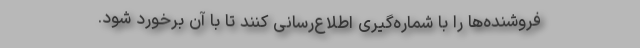
فروشنده‌ها را با شماره‌گیری اطلاع‌رسانی کنند تا با آن برخورد شود.